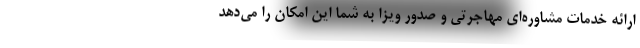
ارائه خدمات مشاوره‌ای مهاجرتی و صدور ویزا به شما این امکان را می‌دهد